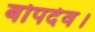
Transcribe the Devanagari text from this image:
बोपदेव।